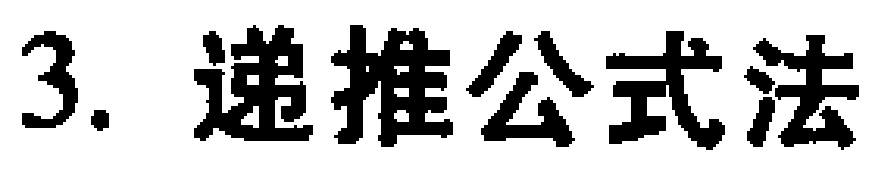
3. 递推公式法